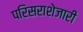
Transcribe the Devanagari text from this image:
परिसराशेजारी